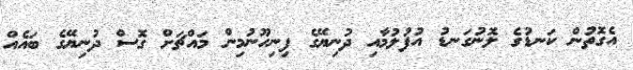
އެގޮތުން ކަނޑުގެ ލޮނުގަނޑު އުފުލުމާއި ދުނިޔޭގެ ފިނިހޫނުމިން މައްޗަށް ގޮސް ދުނިޔޭގެ ބައެއް